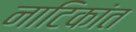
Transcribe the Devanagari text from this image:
नाटिकांत